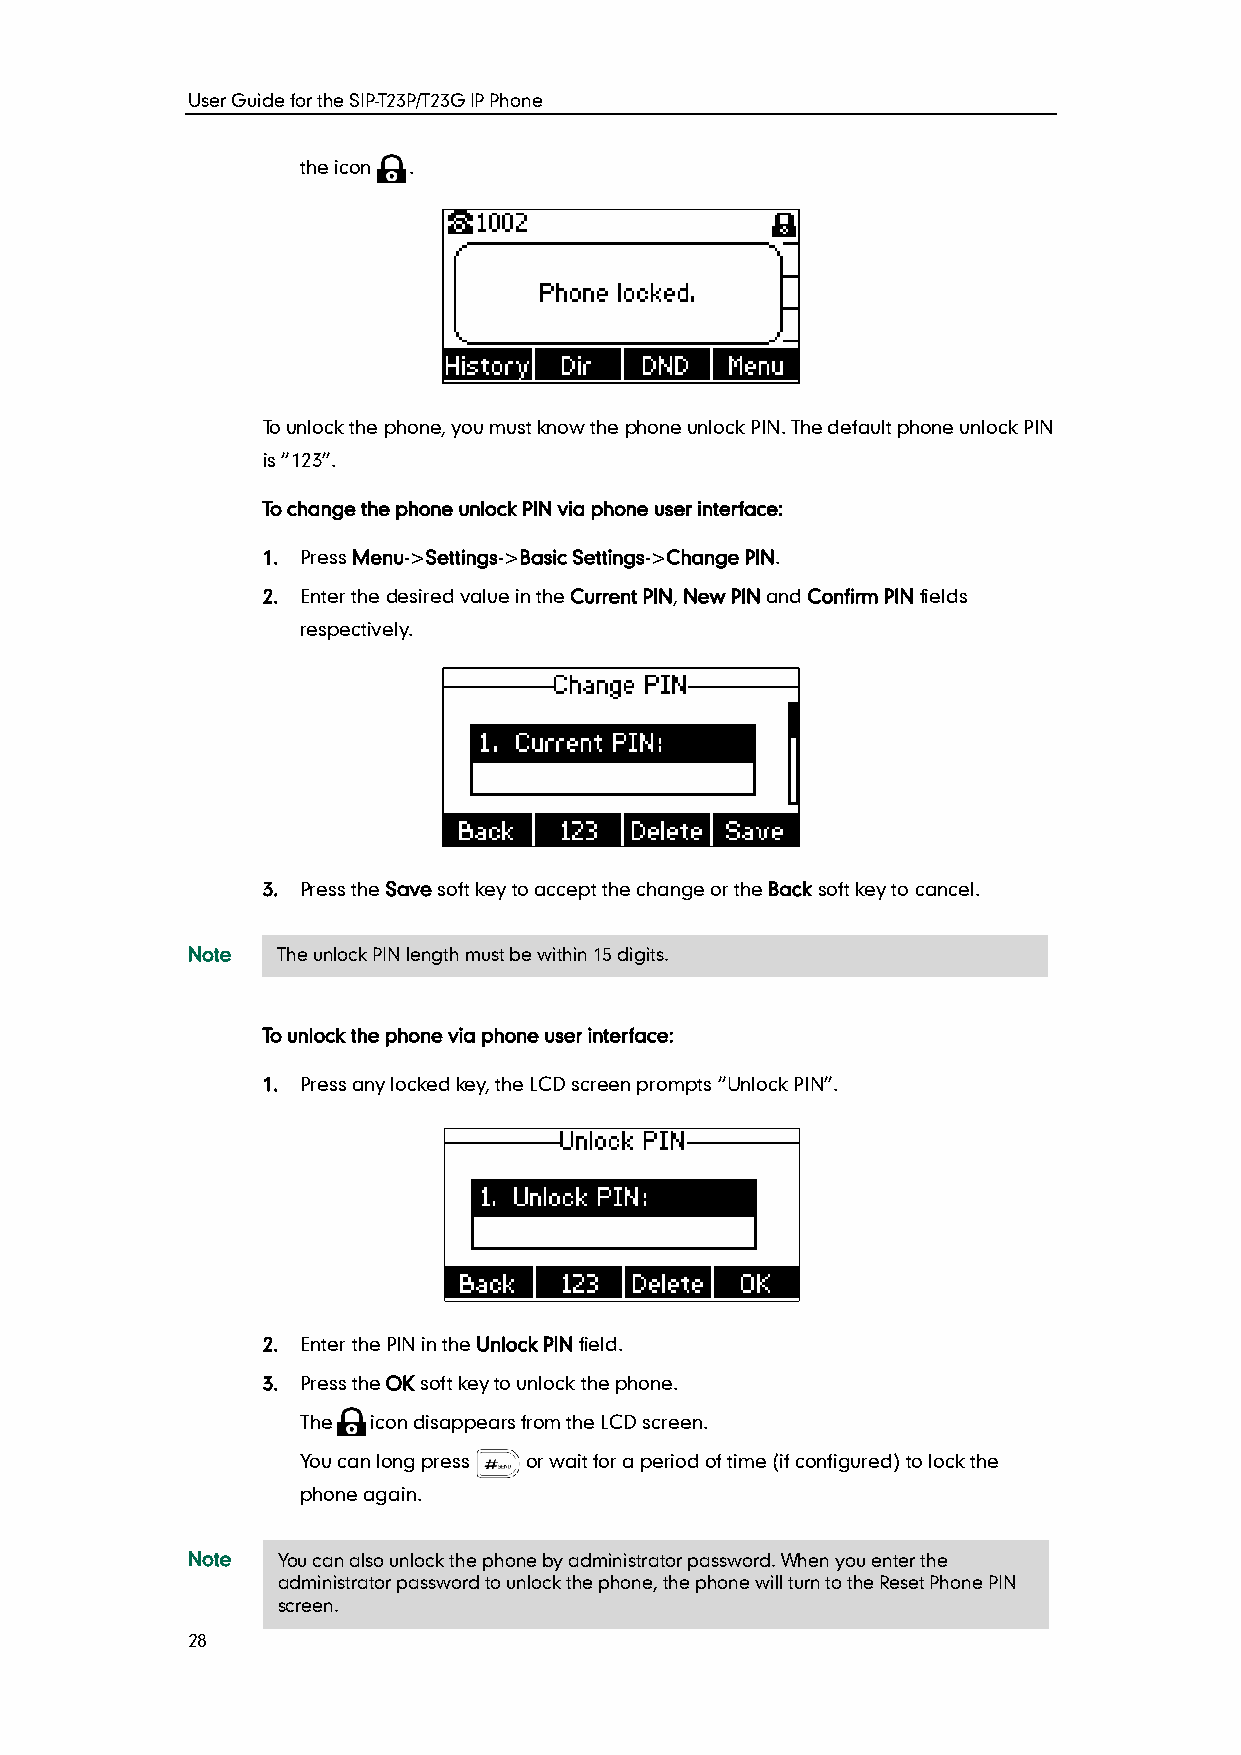
User Guide for the SIP-T23P/T23G IP Phone
 the icon .
 To unlock the phone, you must know the phone unlock PIN. The default phone unlock PIN
 is “123”.
 To change the phone unlock PIN via phone user interface:
 1. Press Menu->Settings->Basic Settings->Change PIN.
 2. Enter the desired value in the Current PIN, New PIN and Confirm PIN fields
 respectively.
 3. Press the Save soft key to accept the change or the Back soft key to cancel.
 Note  The un lock PIN length must be within 15 digits.
 To unlock the phone via phone user interface:
 1. Press any locked key, the LCD screen prompts “Unlock PIN”.
 2. Enter the PIN in the Unlock PIN field.
 3. Press the OK soft key to unlock the phone.
 The  icon disappears from the LCD screen.
 You can long press or wait for a period of time (if configured) to lock the
 phone again.
 Note  You can also unlock the phone by administrator password. When you enter the
 administrator password to unlock the phone, the phone will turn to the Reset Phone PIN
 screen.
 28